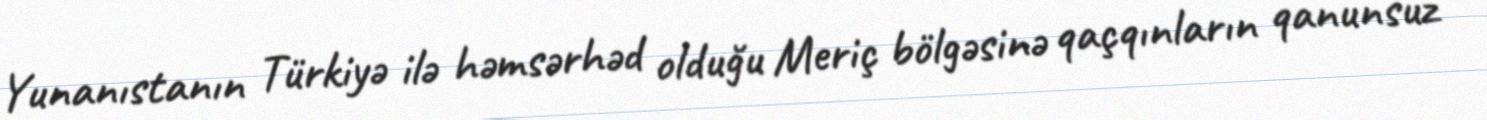
Yunanıstanın Türkiyə ilə həmsərhəd olduğu Meriç bölgəsinə qaçqınların qanunsuz